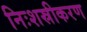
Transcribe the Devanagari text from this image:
निःशस्रीकरण